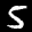
Label: 5